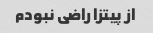
از پیتزا راضی نبودم